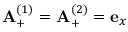
{ \bf A } _ { + } ^ { ( 1 ) } = { \bf A } _ { + } ^ { ( 2 ) } = { \bf e } _ { x }